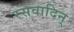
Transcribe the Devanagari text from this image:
रसवादिन्